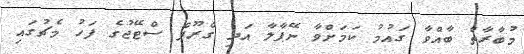
މުބާރާތް ބާއްވާ ގައުމު ކަމަށްވާ ނޭޕާލާ އަދި ގްރޫޕް ސްޓޭޖުގެ ފަހު މެޗުގައި